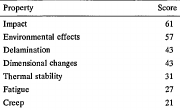
<table><thead><tr><td><b>Property</b></td><td><b>Score</b></td></tr></thead><tbody><tr><td>Impact</td><td>61</td></tr><tr><td>Environmental effects</td><td>57</td></tr><tr><td>Delamination</td><td>43</td></tr><tr><td>Dimensional changes</td><td>43</td></tr><tr><td>Thermal stability</td><td>31</td></tr><tr><td>Fatigue</td><td>27</td></tr><tr><td>Creep</td><td>21</td></tr></tbody></table>